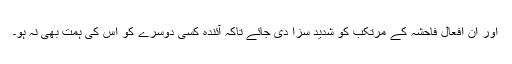
اور ان افعالِ فاحشہ کے مرتکب کو شدید سزا دی جائے تاکہ آئندہ کسی دوسرے کو اس کی ہمت بھی نہ ہو۔